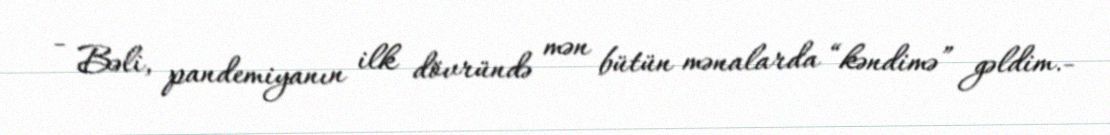
- Bəli, pandemiyanın ilk dövründə mən bütün mənalarda “kəndimə” gəldim.-